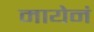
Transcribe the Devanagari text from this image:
मायेनं